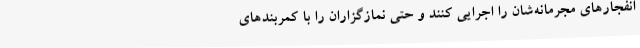
انفجارهای مجرمانه‌شان را اجرایی کنند و حتی نمازگزاران را با کمربندهای